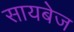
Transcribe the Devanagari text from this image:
सायबेज